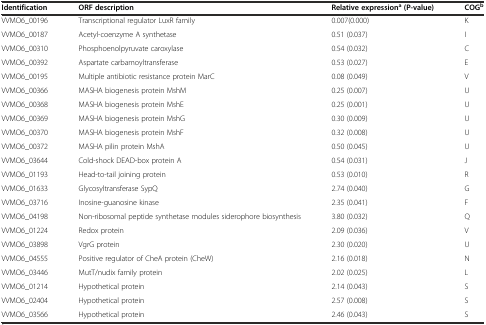
<table><thead><tr><td><b>Identification</b></td><td><b>ORF description</b></td><td><b>Relative expression<sup>a</sup>(P-value)</b></td><td><b>COG<sup>b</sup></b></td></tr></thead><tbody><tr><td>VVMO6_00196</td><td>Transcriptional regulator LuxR family</td><td>0.007(0.000)</td><td>K</td></tr><tr><td>VVMO6_00187</td><td>Acetyl-coenzyme A synthetase</td><td>0.51 (0.037)</td><td>I</td></tr><tr><td>VVMO6_00310</td><td>Phosphoenolpyruvate caroxylase</td><td>0.54 (0.032)</td><td>C</td></tr><tr><td>VVMO6_00392</td><td>Aspartate carbamoyltransferase</td><td>0.53 (0.027)</td><td>E</td></tr><tr><td>VVMO6_00195</td><td>Multiple antibiotic resistance protein MarC</td><td>0.08 (0.049)</td><td>V</td></tr><tr><td>VVMO6_00366</td><td>MASHA biogenesis protein MshM</td><td>0.25 (0.007)</td><td>U</td></tr><tr><td>VVMO6_00368</td><td>MASHA biogenesis protein MshE</td><td>0.25 (0.001)</td><td>U</td></tr><tr><td>VVMO6_00369</td><td>MASHA biogenesis protein MshG</td><td>0.30 (0.009)</td><td>U</td></tr><tr><td>VVMO6_00370</td><td>MASHA biogenesis protein MshF</td><td>0.32 (0.008)</td><td>U</td></tr><tr><td>VVMO6_00372</td><td>MASHA pilin protein MshA</td><td>0.50 (0.045)</td><td>U</td></tr><tr><td>VVMO6_03644</td><td>Cold-shock DEAD-box protein A</td><td>0.54 (0.031)</td><td>J</td></tr><tr><td>VVMO6_01193</td><td>Head-to-tail joining protein</td><td>0.53 (0.010)</td><td>R</td></tr><tr><td>VVMO6_01633</td><td>Glycosyltransferase SypQ</td><td>2.74 (0.040)</td><td>G</td></tr><tr><td>VVMO6_03716</td><td>Inosine-guanosine kinase</td><td>2.35 (0.041)</td><td>F</td></tr><tr><td>VVMO6_04198</td><td>Non-ribosomal peptide synthetase modules siderophore biosynthesis</td><td>3.80 (0.032)</td><td>Q</td></tr><tr><td>VVMO6_01224</td><td>Redox protein</td><td>2.09 (0.036)</td><td>V</td></tr><tr><td>VVMO6_03898</td><td>VgrG protein</td><td>2.30 (0.020)</td><td>U</td></tr><tr><td>VVMO6_04555</td><td>Positive regulator of CheA protein (CheW)</td><td>2.16 (0.018)</td><td>N</td></tr><tr><td>VVMO6_03446</td><td>MutT/nudix family protein</td><td>2.02 (0.025)</td><td>L</td></tr><tr><td>VVMO6_01214</td><td>Hypothetical protein</td><td>2.14 (0.043)</td><td>S</td></tr><tr><td>VVMO6_02404</td><td>Hypothetical protein</td><td>2.57 (0.008)</td><td>S</td></tr><tr><td>VVMO6_03566</td><td>Hypothetical protein</td><td>2.46 (0.043)</td><td>S</td></tr></tbody></table>